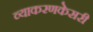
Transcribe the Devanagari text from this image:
व्याकरणकेसरी